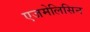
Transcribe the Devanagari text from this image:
एजमेलिसिन